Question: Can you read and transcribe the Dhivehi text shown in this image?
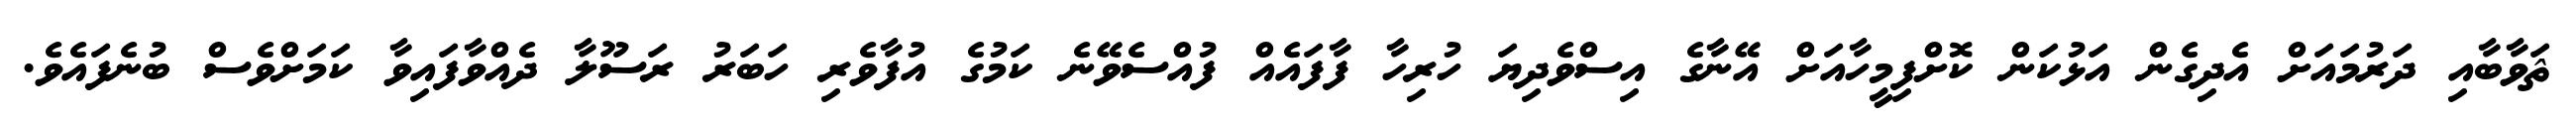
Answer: ޘަވާބާއި ދަރުމައަށް އެދިގެން އަޅުކަން ކޮށްފިމީހާއަށް އޭނާގެ އިސްވެދިޔަ ހުރިހާ ފާފައެއް ފުއްސެވޭނެ ކަމުގެ އުފާވެރި ހަބަރު ރަސޫލާ ދެއްވާފައިވާ ކަމަށްވެސް ބުނެފައެވެ.